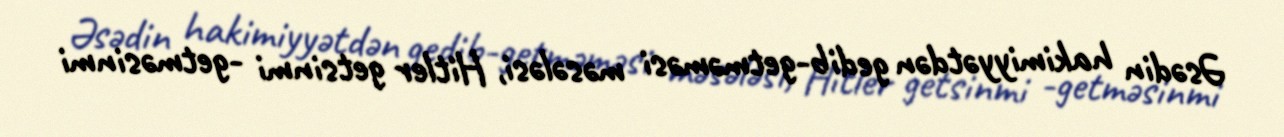
Əsədin hakimiyyətdən gedib-getməməsi məsələsi, Hitler getsinmi -getməsinmi